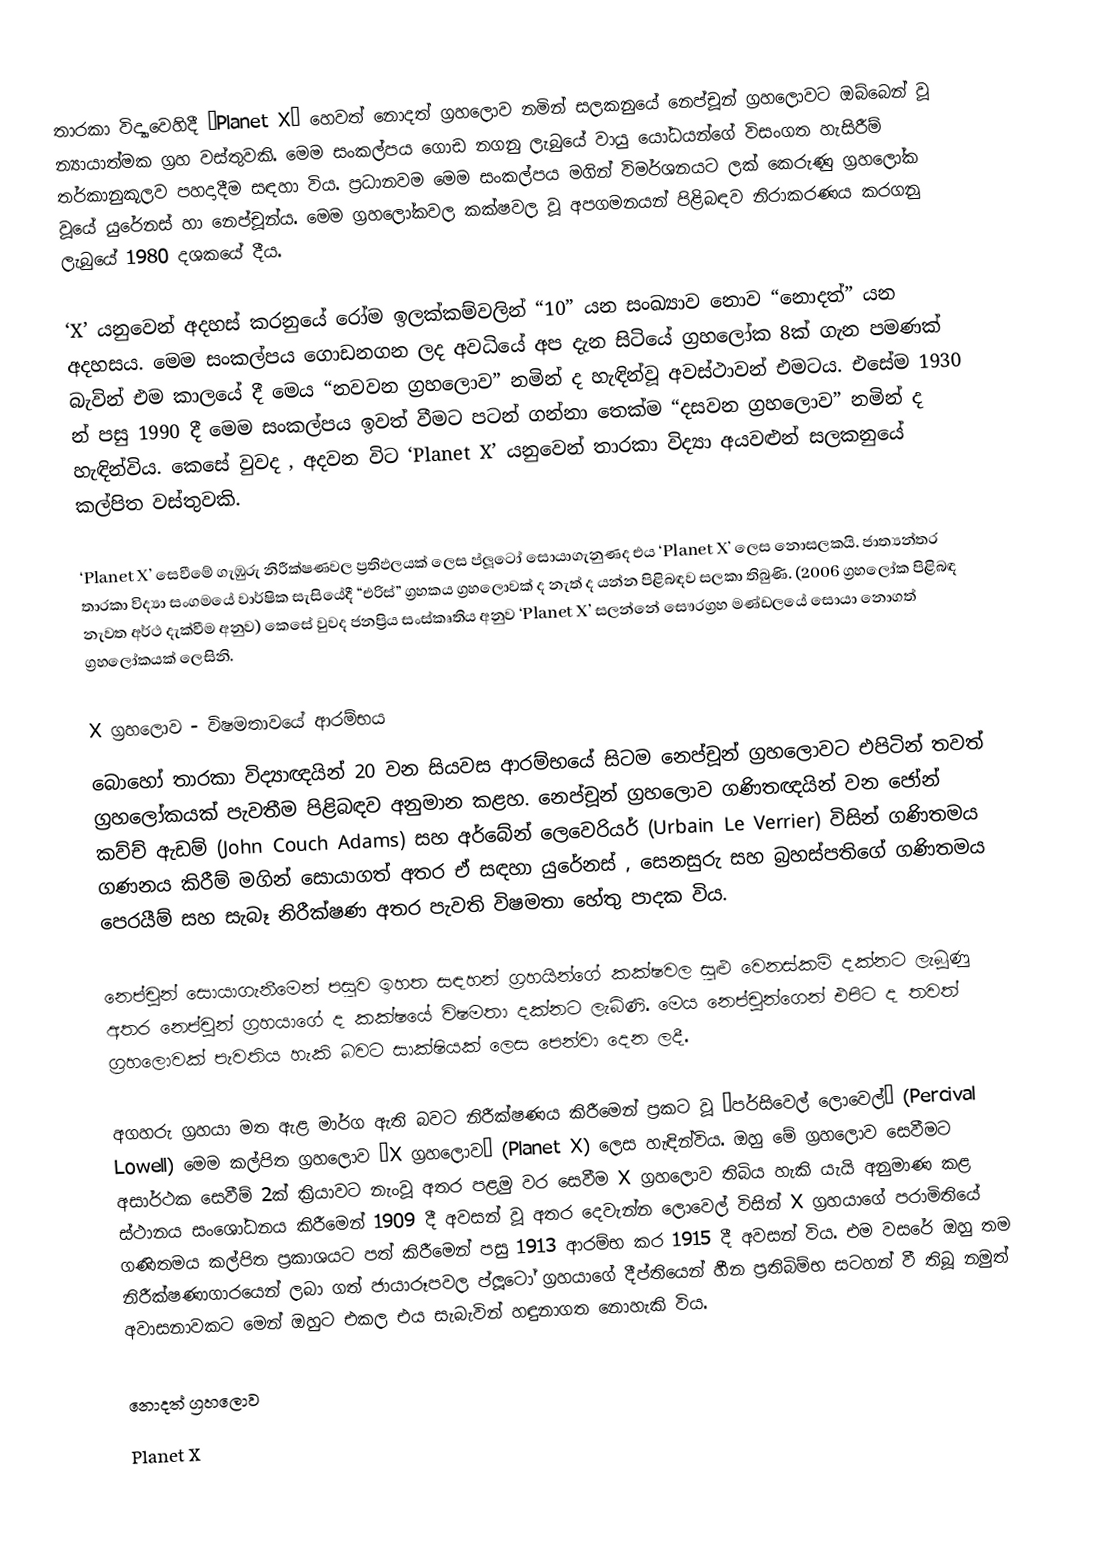
තාරකා විද්‍යාවෙහිදී ‘Planet X’ හෙවත් නොදත් ග්‍රහලොව නමින් සලකනුයේ නෙප්චූන් ග්‍රහලොවට ඔබ්බෙන් වූ න්‍යායාත්මක ග්‍රහ වස්තුවකි. මෙම සංකල්පය ගොඩ නගනු ලැබුයේ වායු යෝධයන්ගේ විසංගත හැසිරීම් තර්කානුකූලව පහදාදීම සඳහා විය. ප්‍රධානවම මෙම සංකල්පය මගින් විමර්ශනයට ලක් කෙරුණු ග්‍රහලෝක වූයේ යුරේනස් හා නෙප්චූන්ය. මෙම ග්‍රහලෝකවල කක්ෂවල වූ අපගමනයන් පිළිබඳව නිරාකරණය කරගනු ලැබුයේ 1980 දශකයේ දීය.

‘X’ යනුවෙන් අදහස් කරනුයේ රෝම ඉලක්කම්වලින් “10” යන සංඛ්‍යාව නොව “නොදත්” යන අදහසය. මෙම සංකල්පය ගොඩනගන ලද අවධියේ අප දැන සිටියේ ග්‍රහලෝක 8ක් ගැන පමණක් බැවින් එම කාලයේ දී මෙය “නවවන ග්‍රහලොව” නමින් ද හැඳින්වූ අවස්ථාවන් එමටය. එසේම 1930 න් පසු 1990 දී මෙම සංකල්පය ඉවත් වීමට පටන් ගන්නා තෙක්ම “දසවන ග්‍රහලොව” නමින් ද හැඳින්විය. කෙසේ වුවද , අදවන විට ‘Planet X’ යනුවෙන් තාරකා විද්‍යා අයවළුන් සලකනුයේ කල්පිත වස්තුවකි.

‘Planet X’ සෙවීමේ ගැඹුරු නිරීක්ෂණවල ප්‍රතිඵලයක් ලෙස ප්ලූටෝ සොයාගැනුණද එය ‘Planet X’ ලෙස නොසලකයි. ජාත්‍යන්තර තාරකා විද්‍යා සංගමයේ වාර්ෂික සැසියේදී “එරිස්” ග්‍රහකය ග්‍රහලොවක් ද නැත් ද යන්න පිළිබඳව සලකා තිබුණි. (2006 ග්‍රහලෝක පිළිබඳ නැවත අර්ථ දැක්වීම අනුව) කෙසේ වුවද ජනප්‍රිය සංස්කෘතිය අනුව ‘Planet X’ සලන්නේ සෞරග්‍රහ මණ්ඩලයේ සොයා නොගත් ග්‍රහලෝකයක් ලෙසිනි.

X ග්‍රහලොව - විෂමතාවයේ ආරම්භය
බොහෝ තාරකා විද්‍යාඥයින් 20 වන සියවස ආරම්භයේ සිටම නෙප්චූන් ග්‍රහලොවට එපිටින් තවත් ග්‍රහලෝකයක් පැවතීම පිළිබඳව අනුමාන කළහ. නෙප්චූන් ග්‍රහලොව ගණිතඥයින් වන ජෝන් කව්ච් ඇඩම් (John Couch Adams) සහ අර්බේන් ලෙවෙරියර් (Urbain Le Verrier) විසින් ගණිතමය ගණනය කිරීම් මගින් සොයාගත් අතර ඒ සඳහා යුරේනස් , සෙනසුරු සහ බ්‍රහස්පතිගේ ගණිතමය පෙරයීම් සහ සැබෑ නිරීක්ෂණ අතර පැවති විෂමතා හේතු පාදක විය.

නෙප්චූන් සොයාගැනීමෙන් පසුව ඉහත සඳහන් ග්‍රහයින්ගේ කක්ෂවල සුළු වෙනස්කම් දක්නට ලැබූණු අතර නෙප්චූන් ග්‍රහයාගේ ද කක්ෂයේ විෂමතා දක්නට ලැබිණි. මෙය නෙප්චූන්ගෙන් එපිට ද තවත් ග්‍රහලොවක් පැවතිය හැකි බවට සාක්ෂියක් ලෙස පෙන්වා දෙන ලදී.

අගහරු ග්‍රහයා මත ඇළ මාර්ග ඇති බවට නිරීක්ෂණය කිරීමෙන් ප්‍රකට වූ “පර්සිවෙල් ලොවෙල්” (Percival Lowell) මෙම කල්පිත ග්‍රහලොව “X ග්‍රහලොව” (Planet X) ලෙස හැඳින්විය. ඔහු මේ ග්‍රහලොව සෙවීමට අසාර්ථක සෙවීම් 2ක් ක්‍රියාවට නැංවූ අතර පළමු වර සෙවීම X ග්‍රහලොව තිබිය හැකි යැයි අනුමාණ කළ ස්ථානය සංශෝධනය කිරීමෙන් 1909 දී අවසන් වූ අතර දෙවැන්න ලොවෙල් විසින් X ග්‍රහයාගේ පරාමිතියේ ගණිතමය කල්පිත ප්‍රකාශයට පත් කිරීමෙන් පසු 1913  ආරම්භ කර 1915 දී අවසන් විය. එම වසරේ ඔහු තම නිරීක්ෂණාගාරයෙන් ලබා ගත් ජායාරූපවල ප්ලූටෝ ග්‍රහයාගේ දීප්තියෙන් හීන ප්‍රතිබිම්භ සටහන් වී තිබූ නමුත් අවාසනාවකට මෙන් ඔහුට එකල එය සැබැවින් හඳුනාගත නොහැකි විය.

නොදත් ග්‍රහලොව
Planet X